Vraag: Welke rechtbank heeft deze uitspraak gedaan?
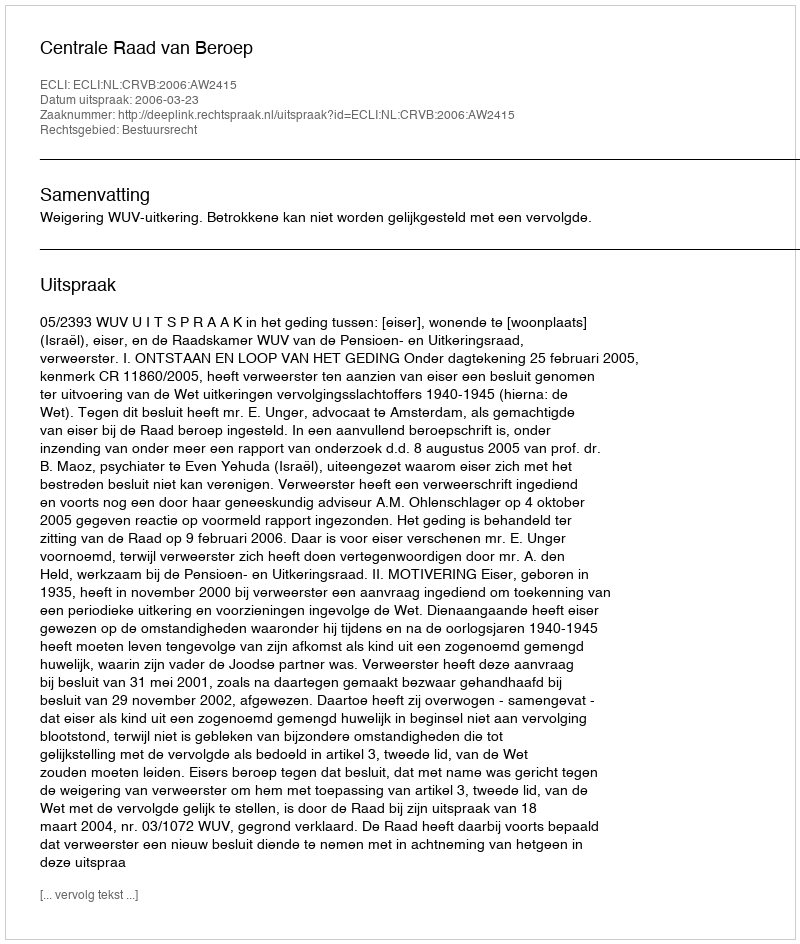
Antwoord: Centrale Raad van Beroep